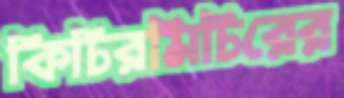
কিচিরমিচিরের